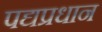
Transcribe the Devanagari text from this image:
पद्यप्रधान